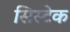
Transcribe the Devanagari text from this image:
सिस्टेक